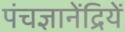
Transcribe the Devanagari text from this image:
पंचज्ञानेंद्रियें